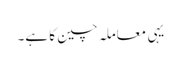
یہی معاملہ چین کا ہے۔